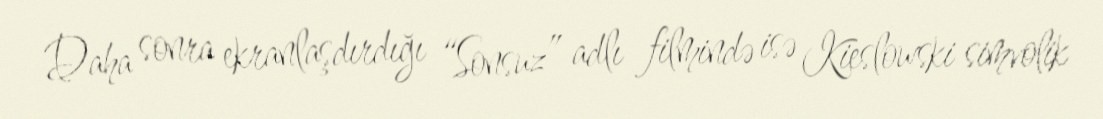
Daha sonra ekranlaşdırdığı “Sonsuz” adlı filmində isə Kieslowski simvolik